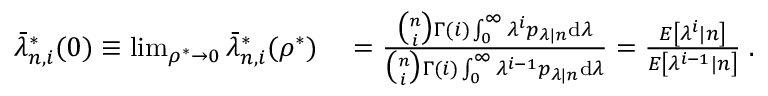
\begin{array} { r l } { \bar { \lambda } _ { n , i } ^ { * } ( 0 ) \equiv \operatorname* { l i m } _ { \rho ^ { * } \to 0 } \bar { \lambda } _ { n , i } ^ { * } ( \rho ^ { * } ) } & { { } = \frac { \binom { n } { i } \Gamma ( i ) \int _ { 0 } ^ { \infty } \lambda ^ { i } p _ { \lambda | n } \mathrm { d } \lambda } { \binom { n } { i } \Gamma ( i ) \int _ { 0 } ^ { \infty } \lambda ^ { i - 1 } p _ { \lambda | n } \mathrm { d } \lambda } = \frac { E \left[ \lambda ^ { i } | n \right] } { E \left[ \lambda ^ { i - 1 } | n \right] } \; . } \end{array}